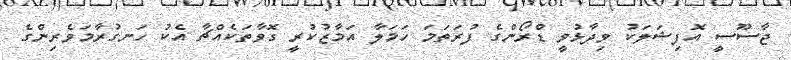
ޖާސޫސީ އޮފިޝަލަކު ވިދާޅުވީ ޑްރޯންގެ ފުރަތަމަ ހަމަލާ އަމާޒުކުރީ ގޮވާތަކެއްޗާ އެކު ހަނގުރާމަވެރިންގެ